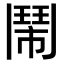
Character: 鬧